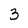
Character: 3